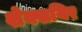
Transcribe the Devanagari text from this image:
शेक्सयिर